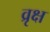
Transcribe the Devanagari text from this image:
व्रृक्ष